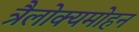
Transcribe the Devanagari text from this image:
त्रैलोक्यमोहन